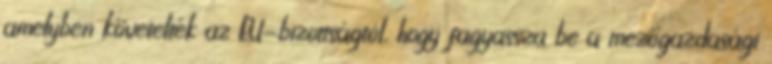
amelyben követelték az EU-bizottságtól, hogy fagyassza be a mezőgazdasági